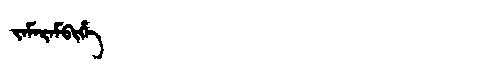
Manchu: ᠵᠠᠮᠠᡵᠠᠮᠪᡳᡥᡝ
Romanization: JAMARAMBIHE